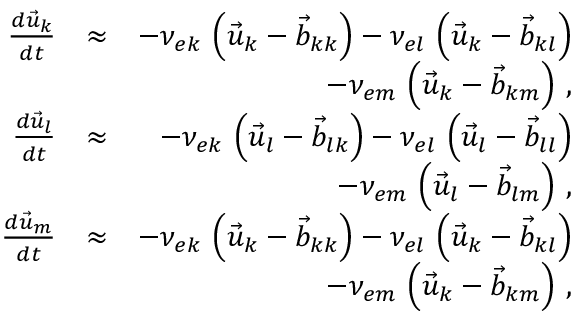
\begin{array} { r l r } { \frac { d \vec { u } _ { k } } { d t } } & { \approx } & { - \nu _ { e k } \, \left( \vec { u } _ { k } - \vec { b } _ { k k } \right) - \nu _ { e l } \, \left( \vec { u } _ { k } - \vec { b } _ { k l } \right) } \\ & { } & { - \nu _ { e m } \, \left( \vec { u } _ { k } - \vec { b } _ { k m } \right) \, , } \\ { \frac { d \vec { u } _ { l } } { d t } } & { \approx } & { - \nu _ { e k } \, \left( \vec { u } _ { l } - \vec { b } _ { l k } \right) - \nu _ { e l } \, \left( \vec { u } _ { l } - \vec { b } _ { l l } \right) } \\ & { } & { - \nu _ { e m } \, \left( \vec { u } _ { l } - \vec { b } _ { l m } \right) \, , } \\ { \frac { d \vec { u } _ { m } } { d t } } & { \approx } & { - \nu _ { e k } \, \left( \vec { u } _ { k } - \vec { b } _ { k k } \right) - \nu _ { e l } \, \left( \vec { u } _ { k } - \vec { b } _ { k l } \right) } \\ & { } & { - \nu _ { e m } \, \left( \vec { u } _ { k } - \vec { b } _ { k m } \right) \, , } \end{array}